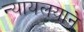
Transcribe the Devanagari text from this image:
न्यायलयाने